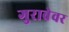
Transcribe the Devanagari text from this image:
गुराबेवर